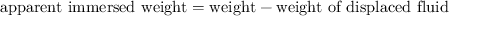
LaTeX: { \mathrm { a p p a r e n t ~ i m m e r s e d ~ w e i g h t } } = { \mathrm { w e i g h t } } - { \mathrm { w e i g h t ~ o f ~ d i s p l a c e d ~ f l u i d } }